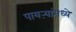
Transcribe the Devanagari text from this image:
पायऱ्यांमध्ये